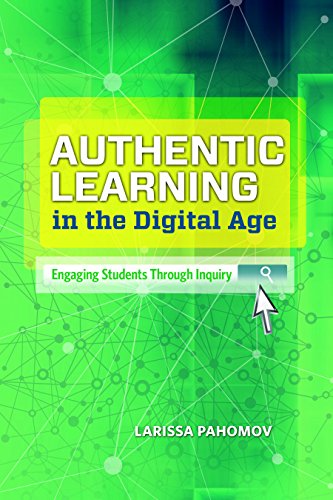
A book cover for Authentic Learning in the Digital Age: Engaging Students Through Inquiry; Larissa Pahomov; Education & Teaching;